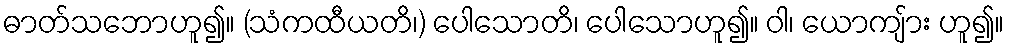
ဓာတ်သဘောဟူ၍။ (သံကထီယတိ၊) ပေါသောတိ၊ ပေါသောဟူ၍။ ဝါ၊ ယောကျ်ား ဟူ၍။